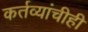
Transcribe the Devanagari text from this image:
कर्तव्यांचीही